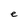
Character: e